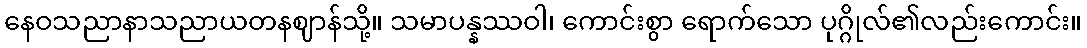
နေဝသညာနာသညာယတနဈာန်သို့။ သမာပန္နဿဝါ၊ ကောင်းစွာ ရောက်သော ပုဂ္ဂိုလ်၏လည်းကောင်း။